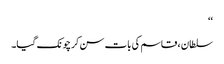
‘‘
سلطان ، قاسم کی بات سن کر چونک گیا۔